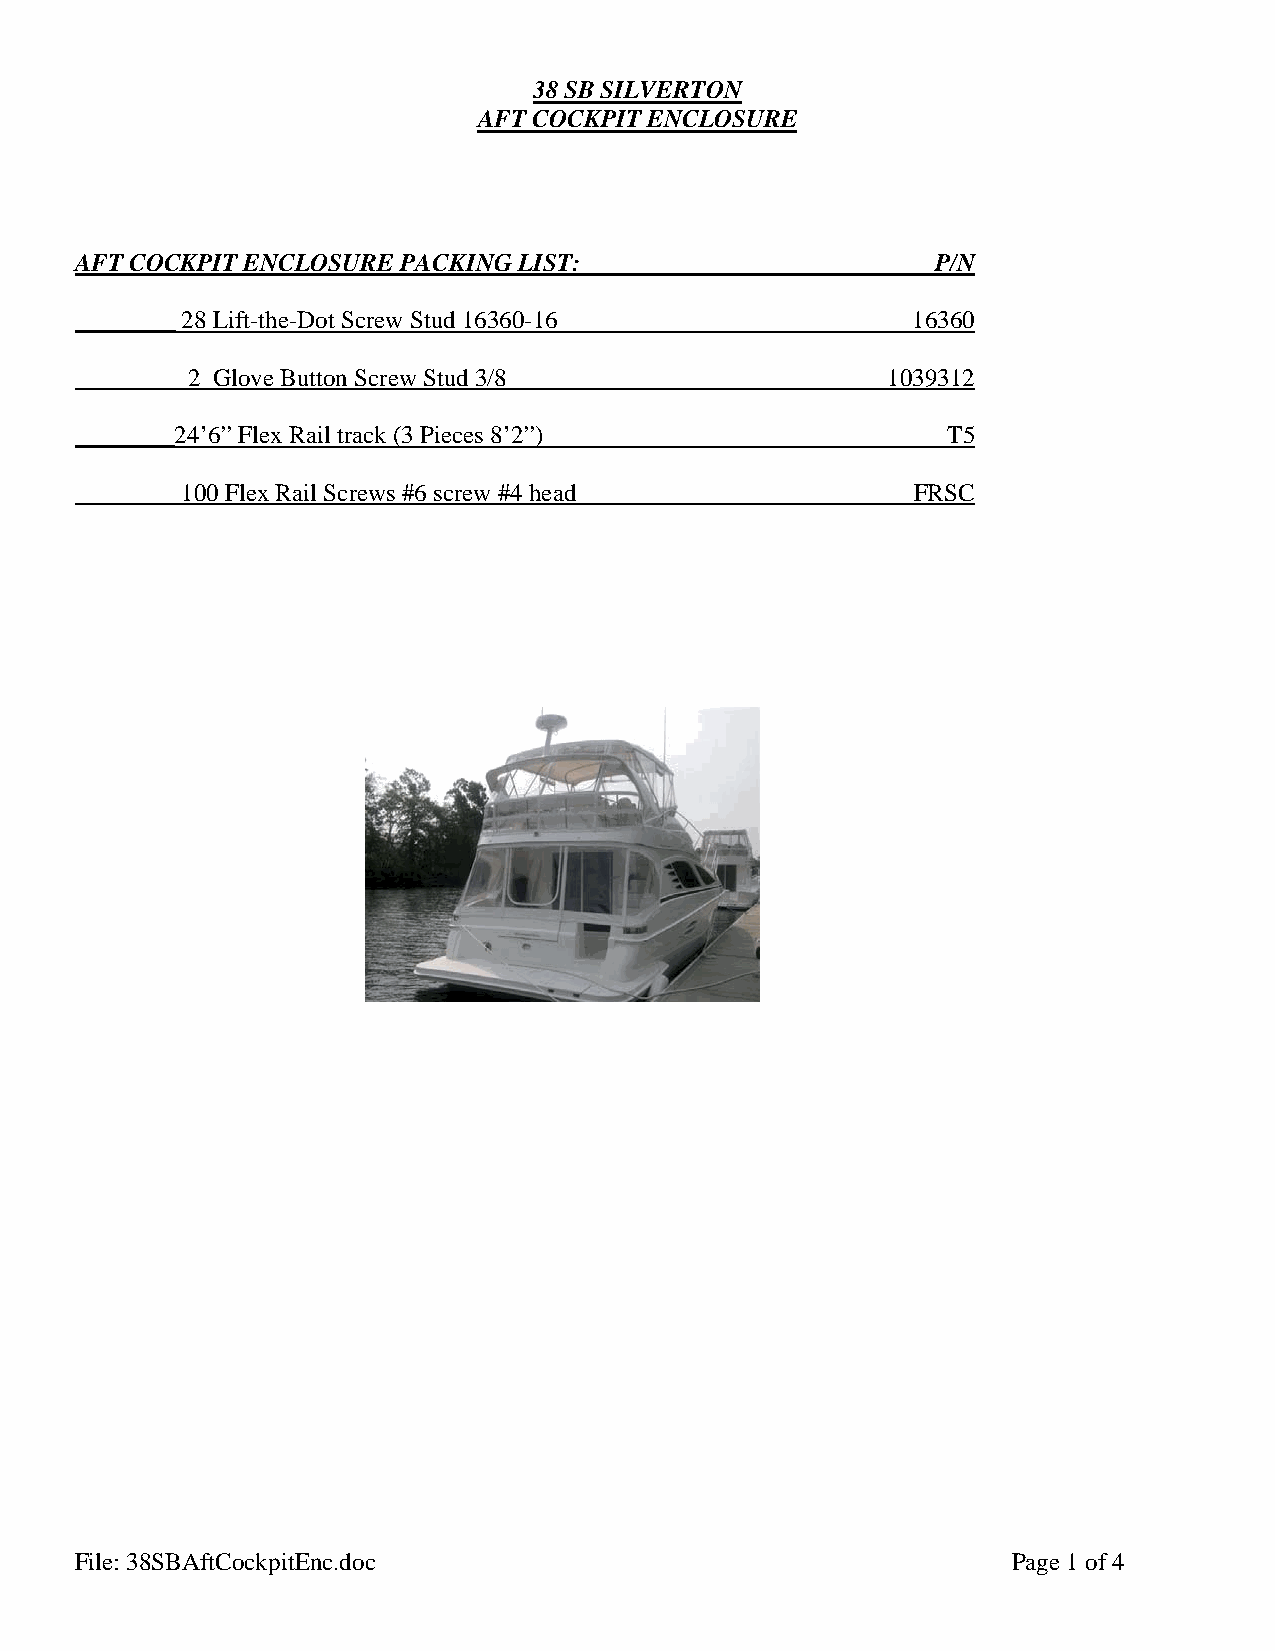
38 SB SILVERTON
 AFT COCKPIT ENCLOSURE
 AFT COCKPIT ENCLOSURE PACKING LIST:                      P/N
 ________ 28 Lift-the-Dot Screw Stud 16360-16           16360
 ________ 2 Glove Button Screw Stud 3/8                1039312
 ________24’6” Flex Rail track (3 Pieces 8’2”)             T5
 ________ 100 Flex Rail Screws #6 screw #4 head          FRSC
 File: 38SBAftCockpitEnc.doc                                   Page 1 of 4